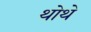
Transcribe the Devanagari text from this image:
थोथे